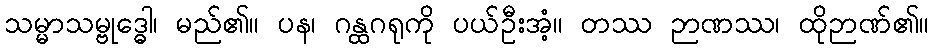
သမ္မာသမ္ဗုဒ္ဓေါ၊ မည်၏။ ပန၊ ဂန္ထဂရုကို ပယ်ဦးအံ့။ တဿ ဉာဏဿ၊ ထိုဉာဏ်၏။